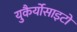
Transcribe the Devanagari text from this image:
युकैर्योसाइटों